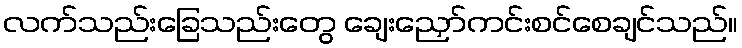
လက်သည်းခြေသည်းတွေ ချေးညှော်ကင်းစင်စေချင်သည်။